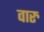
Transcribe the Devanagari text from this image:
वारु